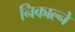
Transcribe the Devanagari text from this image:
निकाल्ने